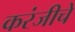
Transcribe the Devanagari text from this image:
करंजीचे